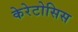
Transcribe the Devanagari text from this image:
केरेटोसिस